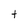
Character: t